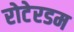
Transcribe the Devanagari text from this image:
रोटेरडम